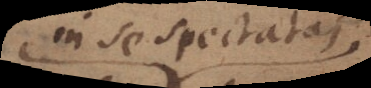
in se spectatas